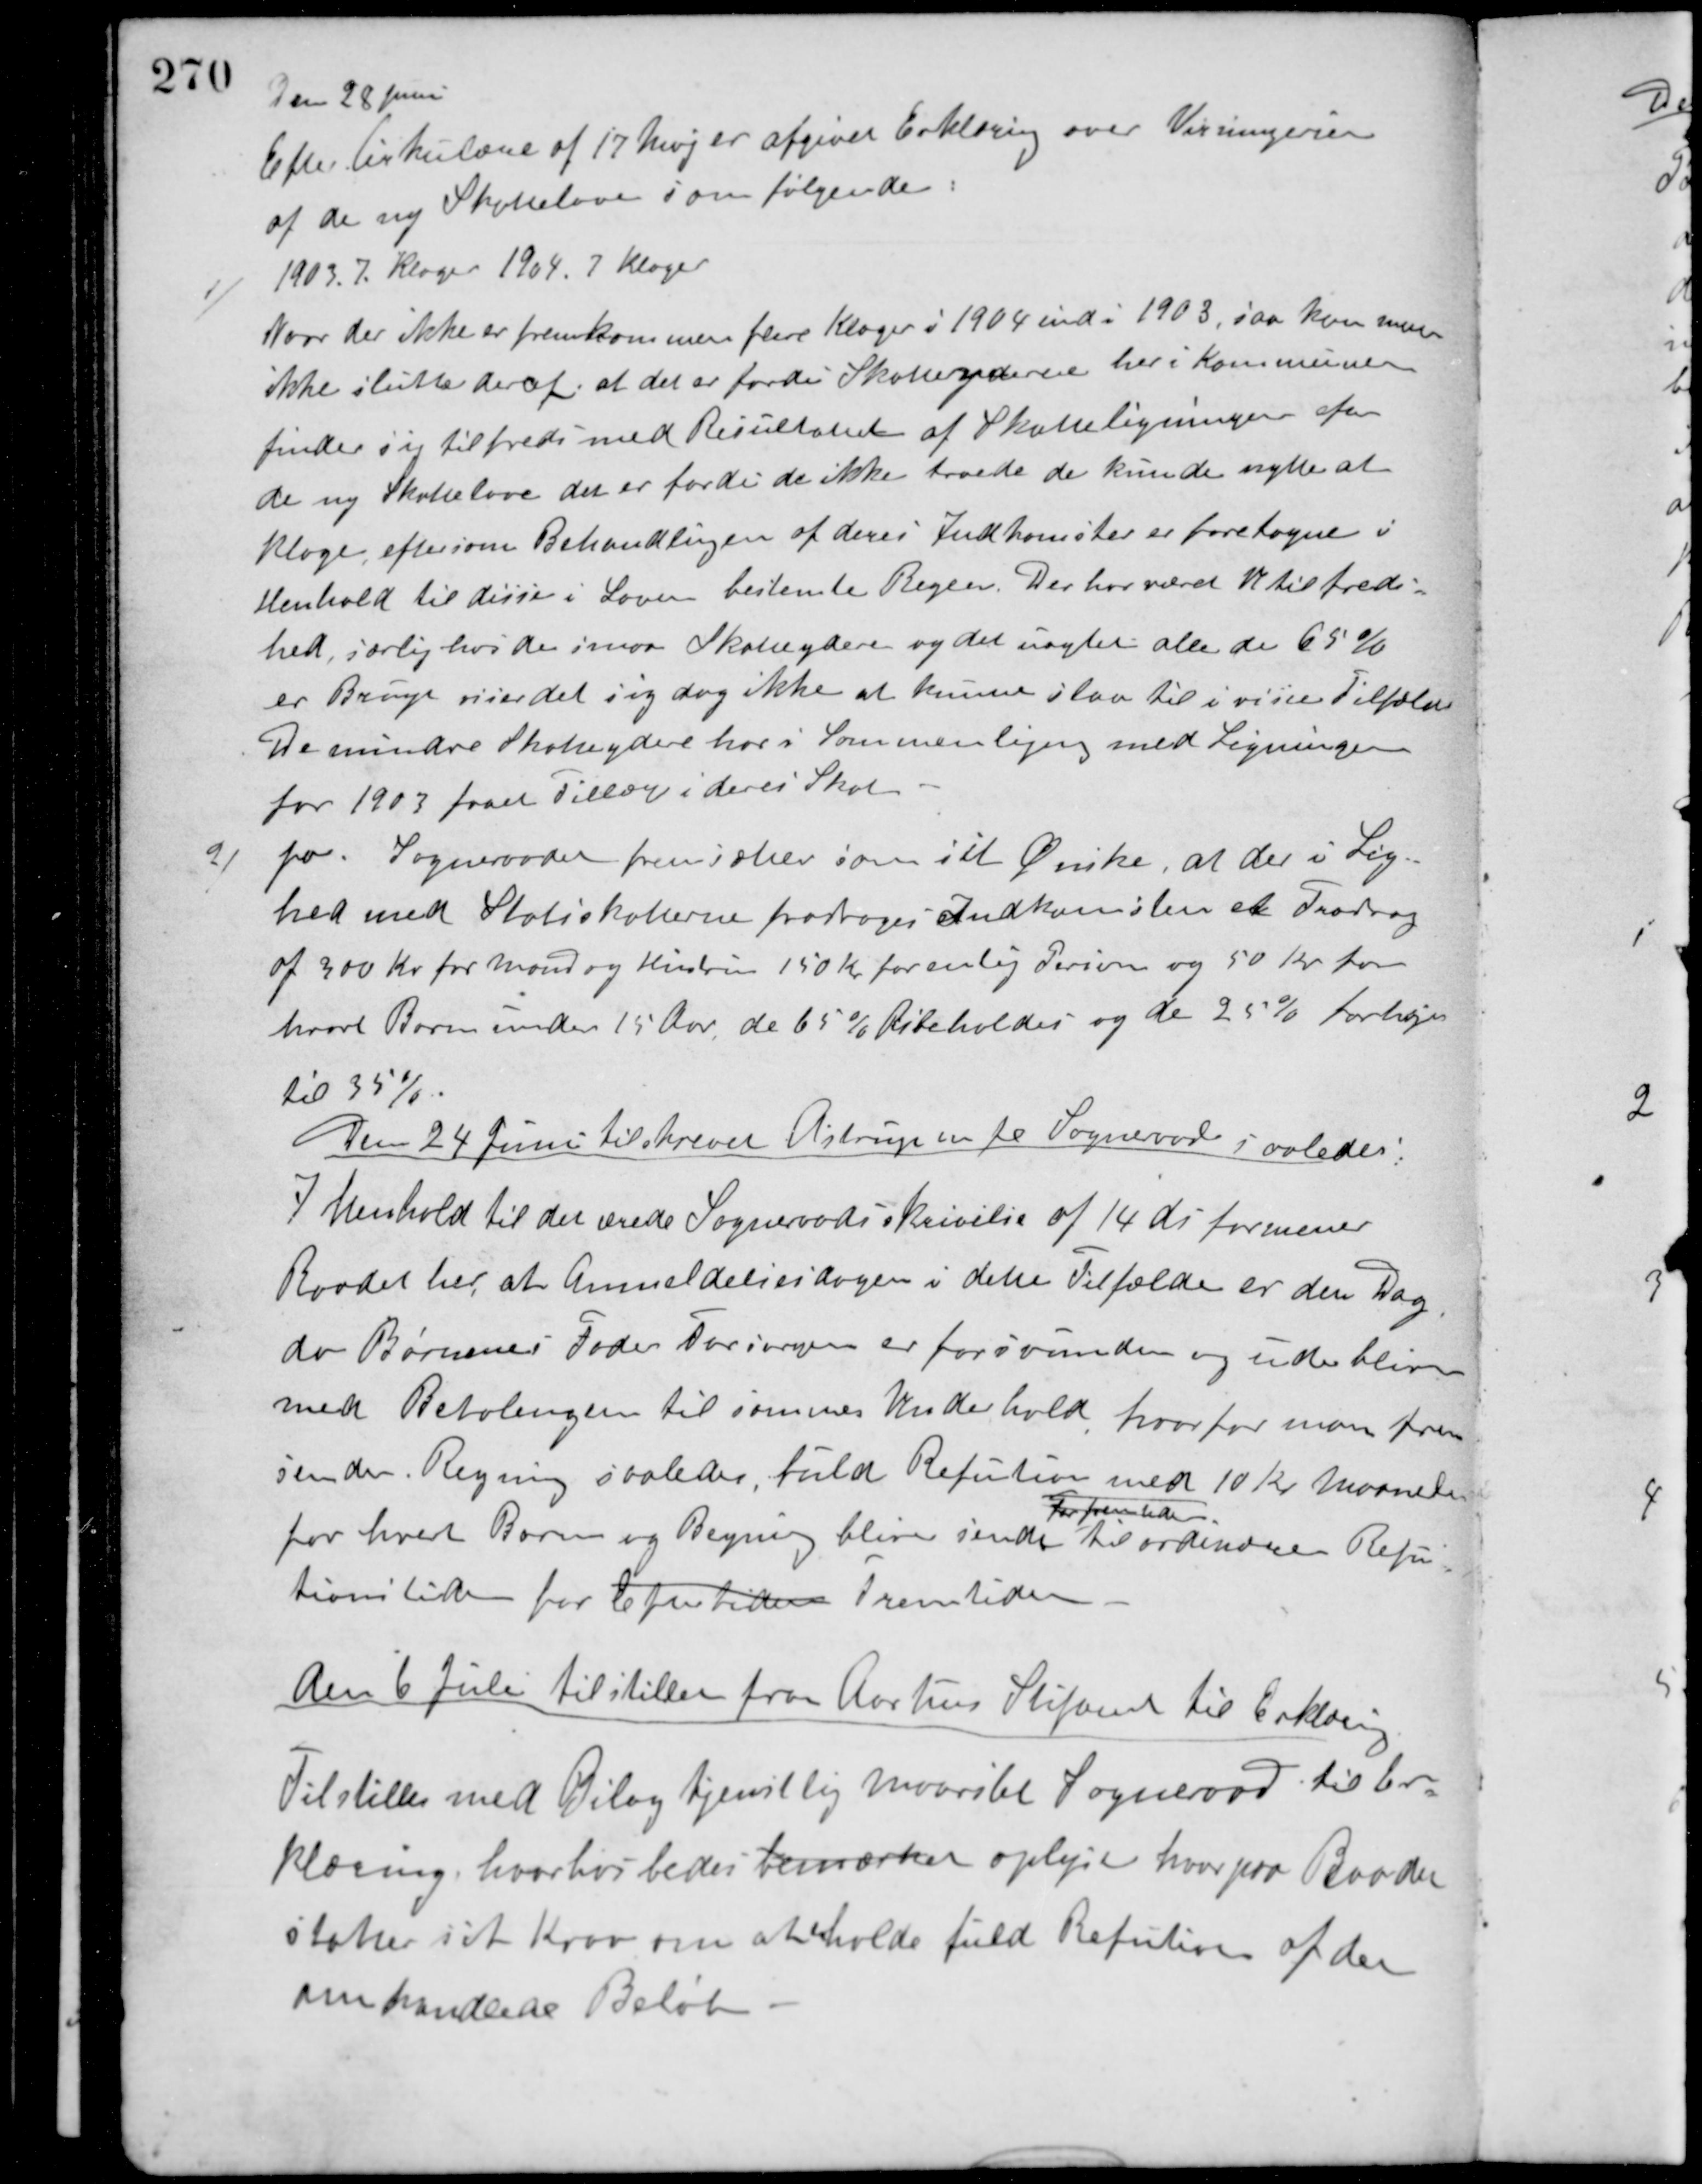
Transskription:
Den 28 Juni
Efter Cirkulære af 17 Maj er afgivet Erklæring over Visningen
af de ny Skattelove som følgende:
1903. 7. Klager 1904. 7 Klager
1/
Naar der ikke er fremkommen flere Klager i 1904 end i 1903, saa kan man
ikke slutte deraf, at det er fordi Skatteyderne her i Kommunen
finder sig tilfreds med Resultatet af Skatteligningen efter
de ny Skattelove det er fordi de ikke troede det kunde nytte at
Klage, efter som Behandlingen af deres Indkomster er foretagne i
Henhold til disse i Loven bestemte Regler. Der har været Utilfreds-
hed, særlig hos de smaa Skatteydere og det uagtet alle de 65%
er Brugt viser det sig dog ikke at kunne slaa til i visse Tilfælde.
De mindre Skatteydere har i Sommenligning med Ligningen
for 1903 faaet Tillæg i deres Skat.
2/ pa. Sogneraadet fremsætter som sit Ønske, at der i Lig-
hed med Statsskatterne fradrages Indkomsten et Fradrag
af 300 Kr. for Mand og Hustru 150 Kr. for enlig Person og 50 Kr for
hvert Barn under 15 Aar, de 65 % bibeholdes og de 25% forhøjes
til 35%.
Den 24 Juni tilskrevet Astrup m. fl. Sogneråd saaledes:
I henhold til det ærede Sogneraads skrivelse af 14 ds formener
Raadet her, at Anmeldelsesdagen i dette Tilfælde er den Dag
da Børnenes Fader Forøvrigen er forsvunden og udebliver
med Betalingen til sammes Underhold, hvorfor man frem-
sender Regning saaledes, fuld Refution med 10 Kr. Maanedlig
for hver Barn og Regning blive sendt
For fremtiden
til ordinære Refu-
tionstiden for Eftertiden Fremtiden.
Den 6 Juli tilstillet fra Aarhus Stiftamt til Erklæring
Tilstilles med Bilag tjenstlig Maarslet Sogneraad til Er-
klæring, hvorhos bedes bemærket oplyst hvorpaa Raadet
støtter sit Krav om at erholde fuld Refution af det
omhandlede Beløb.